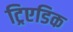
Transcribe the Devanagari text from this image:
ट्रिएडिक